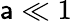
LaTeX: \mathsf{a}\ll1